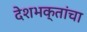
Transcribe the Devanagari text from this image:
देशभक्तांचा